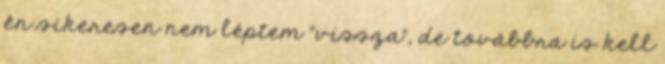
én sikeresen nem léptem "vissza", de továbbra is kell